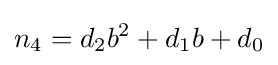
n_{4}=d_{2}b^{2}+d_{1}b+d_{0}